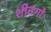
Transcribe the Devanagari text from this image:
शीतगोः